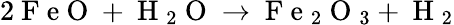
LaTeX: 2\mathrm{~F~e~O~}+\mathrm{~H~}_{2}\mathrm{~O~}\rightarrow\mathrm{~F~e~}_{2}\mathrm{~O~}_{3}+\mathrm{~H~}_{2}